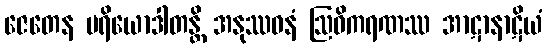
ဇေတေန ပရိယောဒါတန္တိ အနုဿဝနံ ဩဝိကရဏဿ အာဋာနာဋိယံ